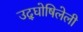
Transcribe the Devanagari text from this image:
उद्‌घोषिलेली